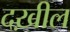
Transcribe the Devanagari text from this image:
दख़ील